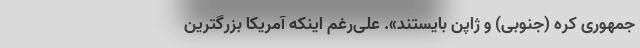
جمهوری کره (جنوبی) و ژاپن بایستند». علی‌رغم اینکه آمریکا بزرگترین